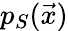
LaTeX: p_{S}(\vec{x})